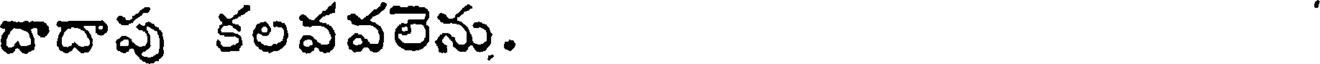
దాదాపు కలవవలెను.